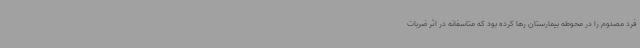
فرد مصدوم را در محوطه بیمارستان رها کرده بود که متاسفانه در اثر ضربات